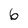
Character: 6